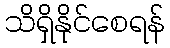
သိရှိနိုင်စေရန်